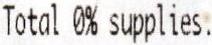
TOTAL 0% SUPPLIES.